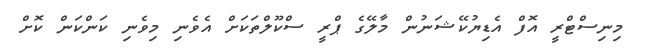
މިނިސްޓްރީ އޮފް އެޑިޔުކޭޝަނުން މާލޭގެ ޕްރީ ސްކޫލްތަކަށް އެވެނި މިވެނި ކަންކަން ކޮށް